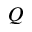
Q